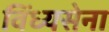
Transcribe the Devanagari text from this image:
विंध्यसेना